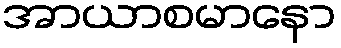
အာယာစမာနော